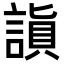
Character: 𬢻